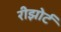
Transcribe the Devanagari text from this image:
रीझोर्ट